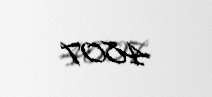
4807